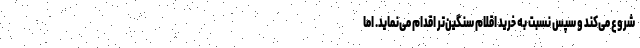
شروع می‌کند و سپس نسبت به خرید اقلام سنگین‌تر اقدام می‌نماید. اما